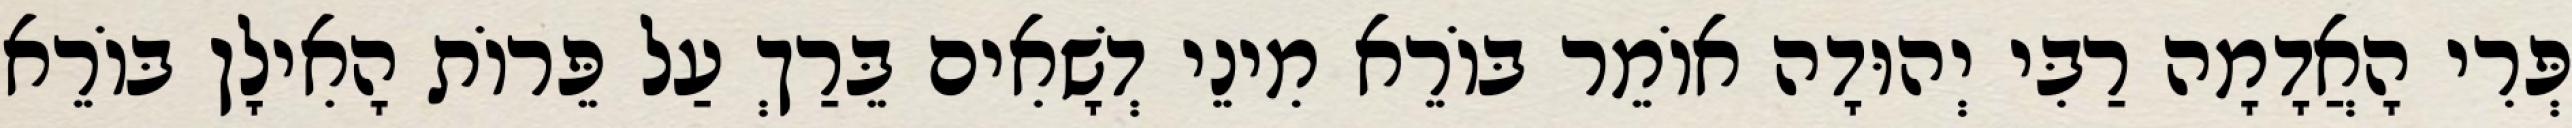
פְּרִי הָאֲדָמָה רַבִּי יְהוּדָה אוֹמֵר בּוֹרֵא מִינֵי דְשָׁאִים בֵּרַךְ עַל פֵּרוֹת הָאִילָן בּוֹרֵא